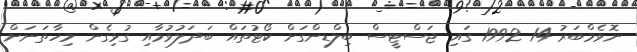
ނޮވެމްބަރު 14 1992 ގައި ޖަސްޓީސް ބިލްޑިންގަށް ކޯޓުތައް ބަދަލުވުމާއި ގުޅިގެން މިހާތަނަށް